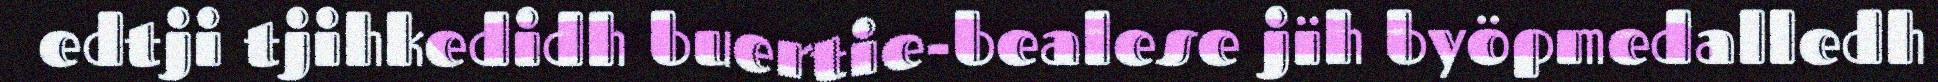
edtji tjihkedidh buertie-bealese jïh byöpmedalledh